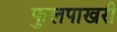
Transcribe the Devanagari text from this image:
फुलपाखरी